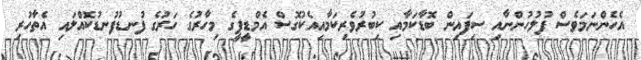
އެހެންނަމަވެސް ފުލުހުންނާއި ސިފައިން ބޮޑާކަމާއި ކިބުރުވެރިކަމާއިއެކުގޮސް އެމްޑީޕީގެ މިހާރުގެ ހަރުގެ ފުނޑުފުނޑުކޮއްލައި އެތާހުރި